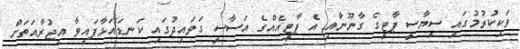
ވަކިކުރުމުގައި ސިޔާސީ ޕާޓީގެ ގާނޫނާއި އެ ޕާޓީއެއްގެ އަސާސީ ގަވައިދުގައި ކަނޑައަޅާފައިވާ އިޖުރާއަތަށް